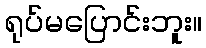
ရုပ်မပြောင်းဘူး။